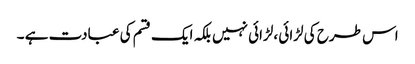
اس طرح کی لڑائی ،لڑائی نہیں بلکہ ایک قسم کی عبادت ہے ۔